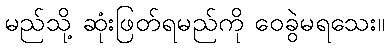
မည်သို့ ဆုံးဖြတ်ရမည်ကို ဝေခွဲမရသေး။